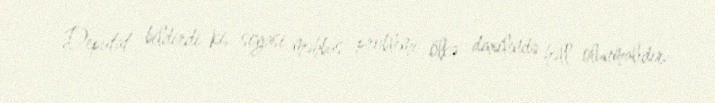
Deputat bildirdi ki, siyasi məhbus problemi ölkə daxilində həll olunmalıdır: